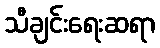
သီချင်းရေးဆရာ